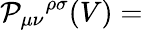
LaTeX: {\cal P}_{\mu\nu}{}^{\rho\sigma}(V)=